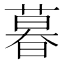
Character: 暮